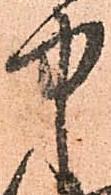
中